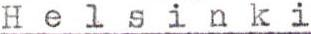
Helsinki